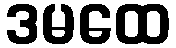
ဒမထေ